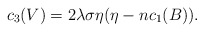
\begin{align*}c_3(V)= 2\lambda \sigma \eta(\eta-nc_1(B)). \end{align*}